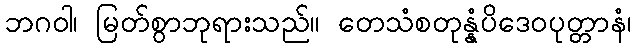
ဘဂဝါ၊ မြတ်စွာဘုရားသည်။ တေသံစတုန္နံပိဒေဝပုတ္တာနံ၊